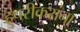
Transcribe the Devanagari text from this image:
हुपरीकरांना